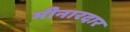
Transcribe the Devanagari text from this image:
मीनारदार